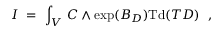
I \ = \ \int _ { V } \, C \wedge \exp ( B _ { D } ) \mathrm { T d } ( T D ) \ \ ,